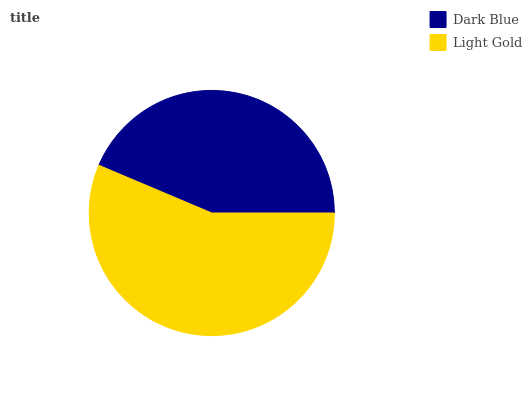
| Dark Blue | Light Gold |
 | --- | --- |
 | 43.6% | 56.4% |